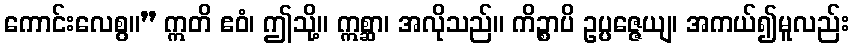
ကောင်းလေစွ။” ဣတိ ဧဝံ၊ ဤသို့။ ဣစ္ဆာ၊ အလိုသည်။ ကိဉ္စာပိ ဥပ္ပဇ္ဇေယျ၊ အကယ်၍မူလည်း